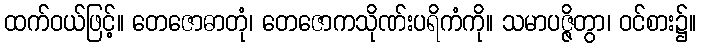
ထက်ဝယ်ဖြင့်။ တေဇောဓာတုံ၊ တေဇောကသိုဏ်းပရိကံကို။ သမာပဇ္ဇိတွာ၊ ဝင်စား၌။